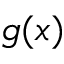
g ( x )